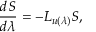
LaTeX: \frac { d S } { d \lambda } = - L _ { u ( \lambda ) } S ,